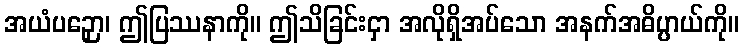
အယံပဉှော၊ ဤပြဿနာကို။ ဤသိခြင်းငှာ အလိုရှိအပ်သော အနက်အဓိပ္ပာယ်ကို။